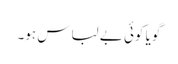
گویا کوئی بے لباس ہو۔